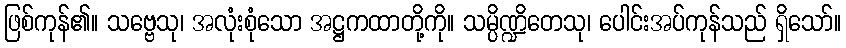
ဖြစ်ကုန်၏။ သဗ္ဗေသု၊ အလုံးစုံသော အဋ္ဌကထာတို့ကို။ သမ္ပိဏ္ဍိတေသု၊ ပေါင်းအပ်ကုန်သည် ရှိသော်။